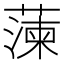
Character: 𮑔